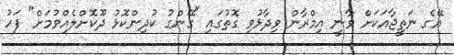
އޭގެ ނަތީޖާއަކަށް ވާނީ އިމްރާން ވިދާޅުވި ގޮތުގައި "ގޭންގު ކުދިންކޮޅު ދޫކޮށްލެއްވުމަށް" ފަހު